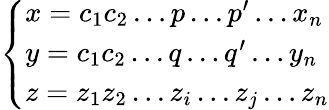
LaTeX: \left\{ \begin{array}{ll}{x=c_{1}c_{2}\ldots p\ldots p^{\prime}\ldots x_{n}}\\ {y=c_{1}c_{2}\ldots q\ldots q^{\prime}\ldots y_{n}}\\ {z=z_{1}z_{2}\ldots z_{i}\ldots z_{j}\ldots z_{n}}\end{array}\right.